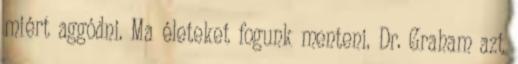
miért aggódni. Ma életeket fogunk menteni. Dr. Graham azt